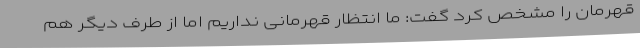
قهرمان را مشخص کرد گفت: ما انتظار قهرمانی نداریم اما از طرف دیگر هم